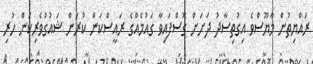
ރައްޔިތުން މާޔޫސްވެ އިގުތިސާދު ދަށަށް ގޮސްފައިވާ ގައުމެއްގެ ރައީސްކަން ކުރަން ޝައުގުވެރިކަން ހުރި